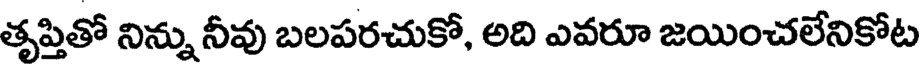
తృప్తితో నిన్ను నీవు బలపరచుకో, అది ఎవరూ జయించలేనికోట